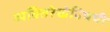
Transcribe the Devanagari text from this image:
व्यक्तिरेखेविषयी